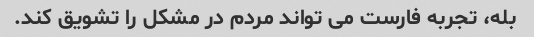
بله، تجربه فارست می تواند مردم در مشکل را تشویق کند.